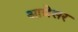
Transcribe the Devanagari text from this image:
आग्रेसर